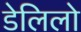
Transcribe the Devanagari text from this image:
डेलिलो